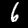
Label: 6